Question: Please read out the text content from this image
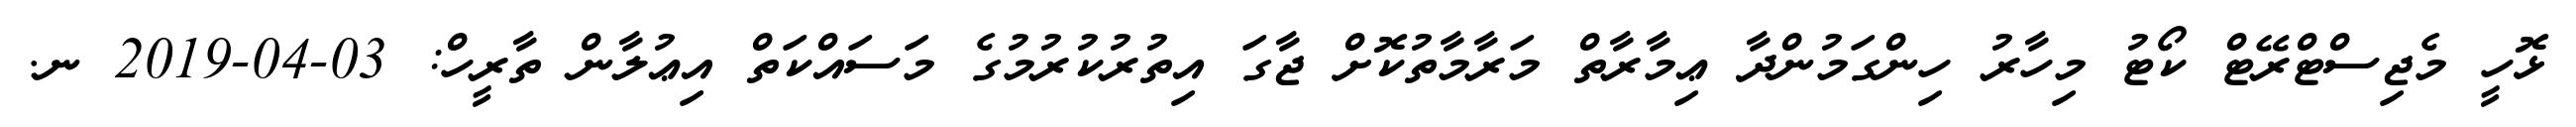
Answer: ޅޮހީ މެޖިސްޓްރޭޓް ކޯޓު މިހާރު ހިންގަމުންދާ ޢިމާރާތް މަރާމާތުކޮށް ޖާގަ އިތުރުކުރުމުގެ މަސައްކަތް އިޢުލާން ތާރީހް: 03-04-2019 ނ.